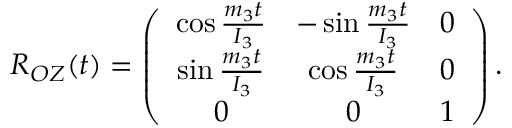
\begin{array} { r } { R _ { O Z } ( t ) = \left( \begin{array} { c c c } { \cos \frac { m _ { 3 } t } { I _ { 3 } } } & { - \sin \frac { m _ { 3 } t } { I _ { 3 } } } & { 0 } \\ { \sin \frac { m _ { 3 } t } { I _ { 3 } } } & { \cos \frac { m _ { 3 } t } { I _ { 3 } } } & { 0 } \\ { 0 } & { 0 } & { 1 } \end{array} \right) . } \end{array}